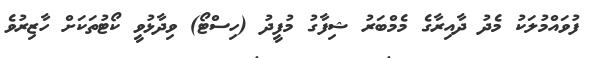
ފުވައްމުލަކު މެދު ދާއިރާގެ މެމްބަރު ޝިފާގު މުފީދު (ހިސްޓޯ) ވިދާޅުވީ ކޯޓުތަކަށް ހާޒިރުވެ